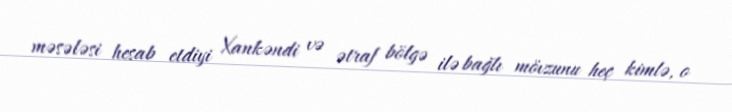
məsələsi hesab etdiyi Xankəndi və ətraf bölgə ilə bağlı mövzunu heç kimlə, o